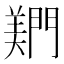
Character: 𬮎